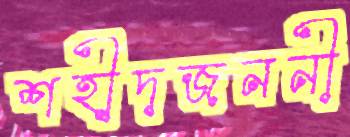
শহীদজননী